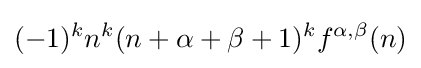
(-1)^{k}n^{k}(n+\alpha +\beta +1)^{k}f^{\alpha ,\beta }(n)